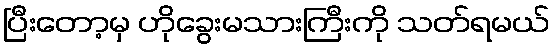
ပြီးတော့မှ ဟိုခွေးမသားကြီးကို သတ်ရမယ်